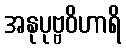
အနုပုဗ္ဗဝိဟာရိ